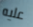
عليه